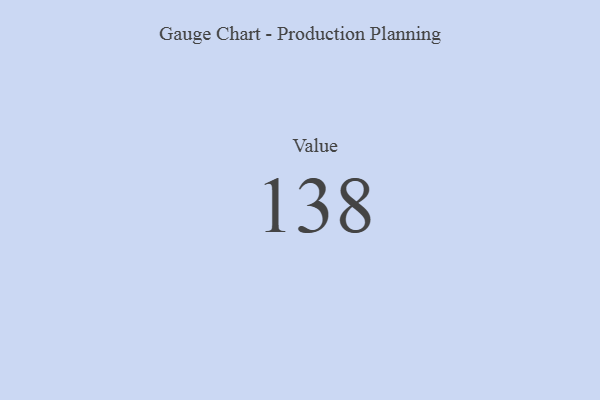
{"axis": {"x": "Metric", "y": "Value"}, "legend": [""], "data": [{"x": "Value", "y": 138, "type": ""}]}